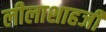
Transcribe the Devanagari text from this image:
लीलाशाहजी